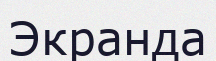
Экранда